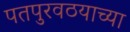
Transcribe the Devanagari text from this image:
पतपुरवठयाच्या